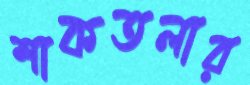
শাকতলার